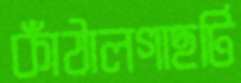
কাঁঠালগাছটি